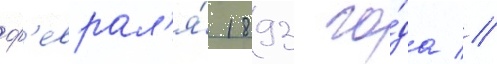
ф'еврал'я́ 1893 го́да //